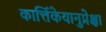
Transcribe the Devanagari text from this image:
कार्त्तिकेयानुप्रेक्षा